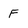
Character: F